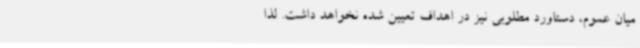
میان عموم، دستاورد مطلوبی نیز در اهداف تعیین شده نخواهد داشت. لذا